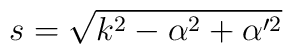
s=\sqrt{k^2-\alpha ^2+\alpha ^{\prime 2}}